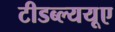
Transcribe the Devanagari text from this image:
टीडब्ल्ययूए